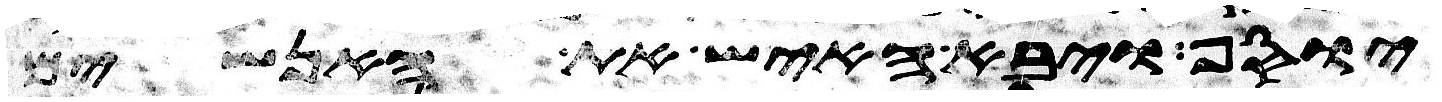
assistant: יוסף ויבא האיש את האנשים